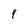
Character: 9